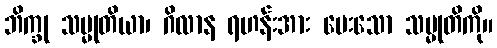
ဘိက္ခု သမ္မုတိယာ၊ ဂိလာန ရဟန်းအား ပေးသော သမ္မုတိကို။